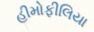
હીમોફીલિયા